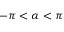
- \pi < \alpha < \pi